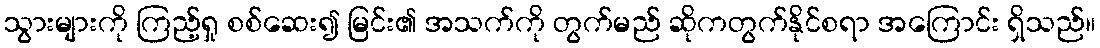
သွားများကို ကြည့်ရှု စစ်ဆေး၍ မြင်း၏ အသက်ကို တွက်မည် ဆိုကတွက်နိုင်စရာ အကြောင်း ရှိသည်။